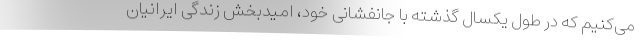
می‌کنیم که در طول یکسال گذشته با جانفشانی خود، امیدبخش زندگی ایرانیان